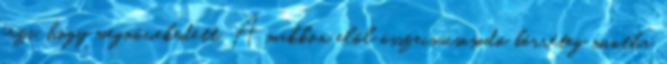
érzi, hogy megnövekedett. A makkon elöl összecsúcsosodó bőrréteg mintha